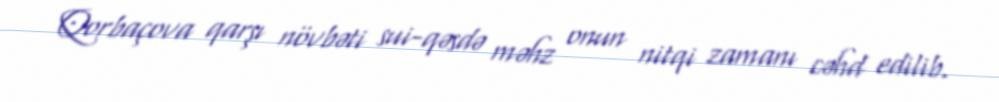
Qorbaçova qarşı növbəti sui-qəsdə məhz onun nitqi zamanı cəhd edilib.